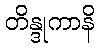
တိန္ဒုကာနိ